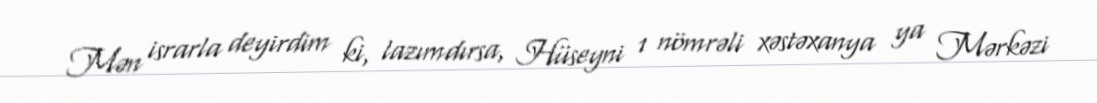
Mən israrla deyirdim ki, lazımdırsa, Hüseyni 1 nömrəli xəstəxanya ya Mərkəzi